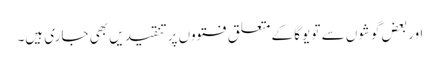
اور بعض گوشوں سے تو یوگا کے متعلق فتووں پر تنقیدیں بھی جاری ہیں۔